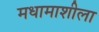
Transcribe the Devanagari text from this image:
मधामाशीला